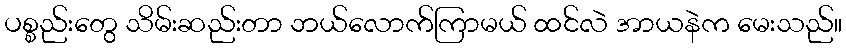
ပစ္စည်းတွေ သိမ်းဆည်းတာ ဘယ်လောက်ကြာမယ် ထင်လဲ အာယနဲက မေးသည်။